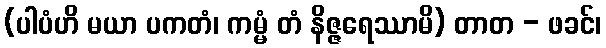
(ပါပံဟိ မယာ ပကတံ၊ ကမ္မံ တံ နိဇ္ဇရေဿာမိ) တာတ - ဖခင်၊